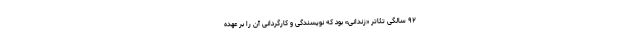
۹۲ سالگی تئاتر «زندانی» بود که نویسندگی و کارگردانی آن را بر عهده